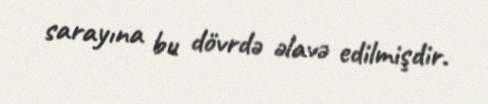
sarayına bu dövrdə əlavə edilmişdir.